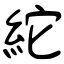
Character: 紽